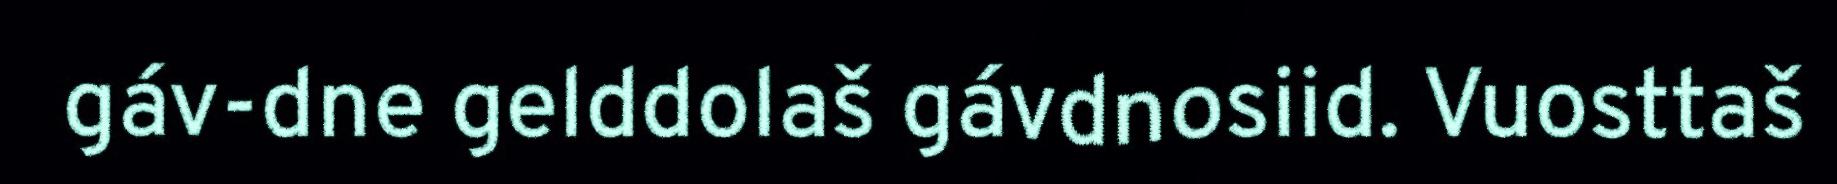
gáv-dne gelddolaš gávdnosiid. Vuosttaš